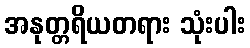
အနုတ္တရိယတရား သုံးပါး